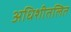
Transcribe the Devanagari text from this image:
अधिशीतलित